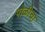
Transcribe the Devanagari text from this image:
पोळीचा